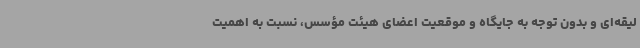
لیقه‌ای و بدون توجه به جایگاه و موقعیت اعضای هیئت مؤسس، نسبت به اهمیت